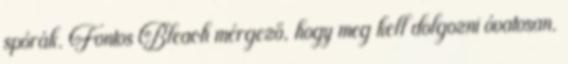
spórák. Fontos Bleach mérgező, hogy meg kell dolgozni óvatosan.